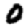
Digit: 0